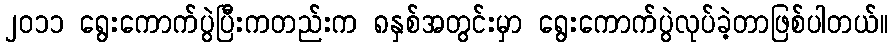
၂၀၁၁ ရွေးကောက်ပွဲပြီးကတည်းက ၈နှစ်အတွင်းမှာ ရွေးကောက်ပွဲလုပ်ခဲ့တာဖြစ်ပါတယ်။